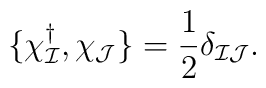
\{\chi^\dagger_{\cal I},\chi_{\cal J} \}=  {1\over 2} \delta_{{\cal I}{ \cal J}}.